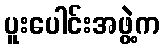
ပူးပေါင်းအဖွဲ့က